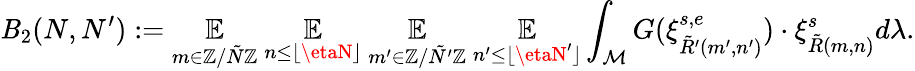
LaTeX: \mathit{B}_{2}(N,N^{\prime}):=\underset{m\in\mathbb{{Z}}/\tilde{{N}}\mathbb{{Z}}}{\mathbb{{E}}}~\underset{n\leq\lfloor\etaN\rfloor}{\mathbb{{E}}}~\underset{m^{\prime}\in\mathbb{{Z}}/\tilde{{N^{\prime}}}\mathbb{{Z}}}{\mathbb{{E}}}~\underset{n^{\prime}\leq\lfloor\etaN^{\prime}\rfloor}{\mathbb{{E}}}\int_{\mathcal{{M}}}G(\xi_{\tilde{{R}}^{\prime}(m^{\prime},n^{\prime})}^{s,e})\cdot\xi_{\tilde{{R}}(m,n)}^{s}d\lambda.